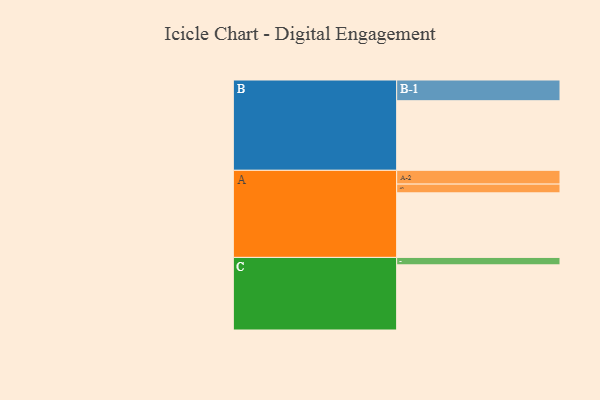
{"axis": {"x": "Segment", "y": "Value"}, "legend": ["", "A", "B", "C"], "data": [{"x": "A", "y": 539, "type": ""}, {"x": "B", "y": 581, "type": ""}, {"x": "C", "y": 544, "type": ""}, {"x": "A-1", "y": 73, "type": "A"}, {"x": "A-2", "y": 115, "type": "A"}, {"x": "B-1", "y": 173, "type": "B"}, {"x": "C-1", "y": 62, "type": "C"}]}